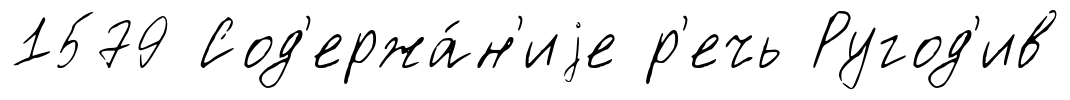
1579 Сод'ержа́н'иjе р'ечь Ругод'ив